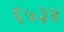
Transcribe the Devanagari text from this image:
६७३४